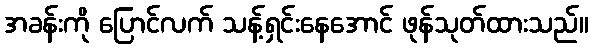
အခန်းကို ပြောင်လက် သန့်ရှင်းနေအောင် ဖုန်သုတ်ထားသည်။